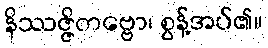
နိဿဇ္ဇိတဗ္ဗော၊ စွန့်အပ်၏။